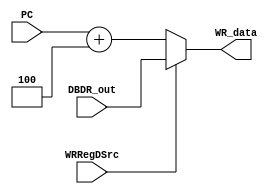
`timescale 1ns / 1ps
//////////////////////////////////////////////////////////////////////////////////
// Company: 
// Engineer: 
// 
// Design Name: 
// Module Name: Mux_WRdataSrc
// Project Name: 
// Target Devices: 
// Tool Versions: 
// Description: 
// 
// Dependencies: 
// 
// Revision:
// Revision 0.01 - File Created
// Additional Comments:
// 
//////////////////////////////////////////////////////////////////////////////////


module Mux_WRdataSrc(
    input WRRegDSrc,
    input [31:0] DBDR_out,
    input [31:0] PC,
    output reg [31:0] WR_data
    );
    
    always@ (*) begin
        if(WRRegDSrc == 0)
            WR_data = PC + 4;
        else
            WR_data = DBDR_out;
    end

endmodule